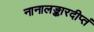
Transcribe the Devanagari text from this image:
नानालङ्कारदीप्तं